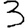
Digit: 3